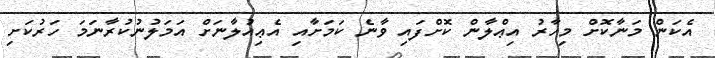
އެކަން މަނާކޮށް މިހާރު އިޢްލާން ކޮށްފައި ވާނެ ކަމަށާއި އެޢިއުލާނަށް އަމަލުނުކުރާނަމަ ހަރުކަށި